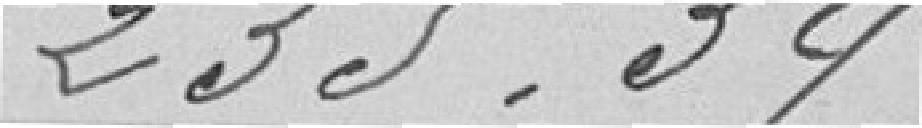
235,39